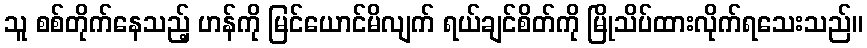
သူ စစ်တိုက်နေသည့် ဟန်ကို မြင်ယောင်မိလျက် ရယ်ချင်စိတ်ကို မြိုသိပ်ထားလိုက်ရသေးသည်။